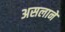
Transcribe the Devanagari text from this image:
असलाने